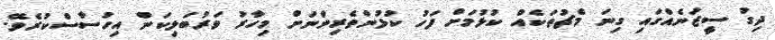
ދިގު ސީޒަނެއްގައި ގިނަ މެޗުތަކެއް ކުޅުމަށް ފަހު ކުޅުންތެރިންނަށް މިހާރު ވަރުބަލިކަން އިހުސާސްކުރެވޭ.